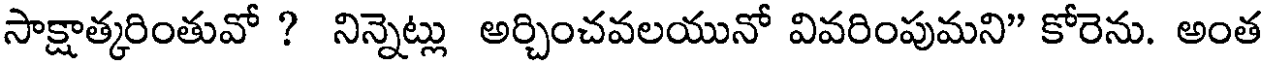
సాక్షాత్కరింతువో ? నిన్నెట్లు అర్చించవలయునో వివరింపుమని" కోరెను. అంత